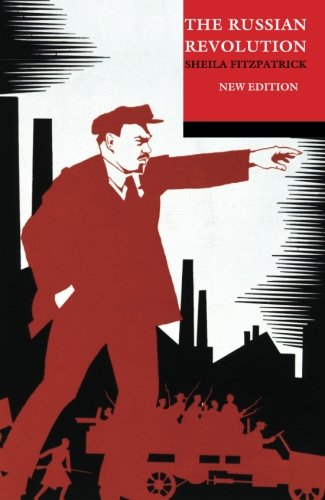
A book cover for The Russian Revolution; Sheila Fitzpatrick; History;